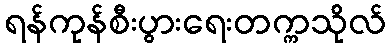
ရန်ကုန်စီးပွားရေးတက္ကသိုလ်